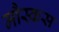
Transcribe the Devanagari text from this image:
मौस्कस